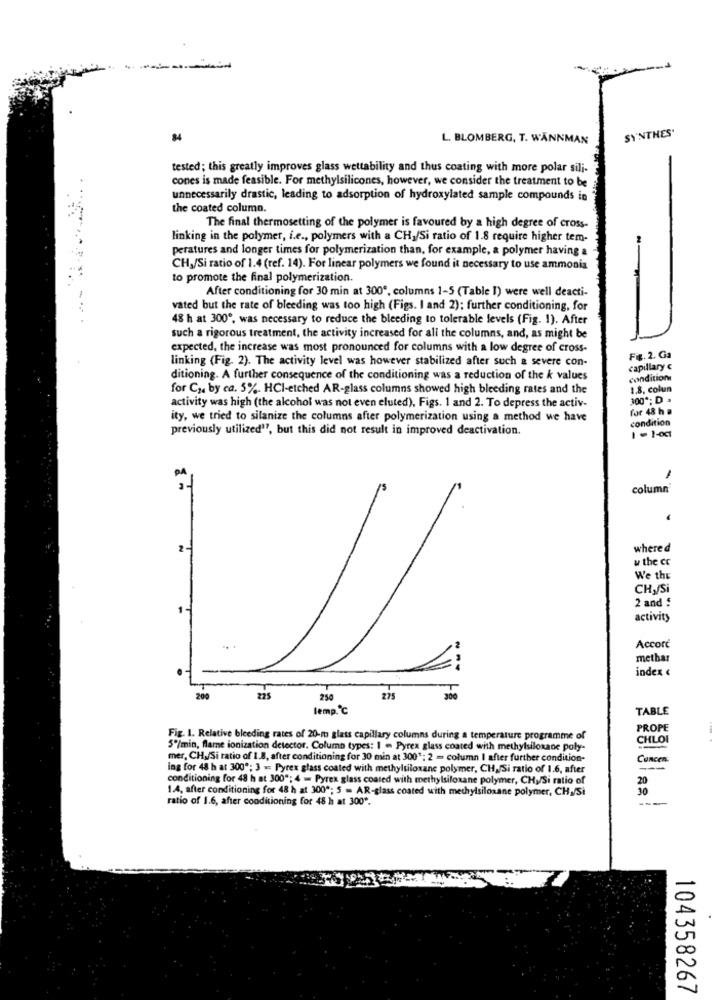
SYNTHES'
84
L. BLOMBERG, T. WANNMAN
tested; this greatly improves glass wettability and thus coating with more polar sili-
cones is made feasible. For methylsilicones, however, we consider the treatment to be
unnecessarily drastic, leading to adsorption of hydroxylated sample compounds in
the coated column.
The final thermosetting of the polymer is favoured by a high degree of cross-
linking in the polymer, i.e ., polymers with a CH,/Si ratio of 1.8 require higher tem-
peratures and longer times for polymerization than, for example, a polymer having a
CH,/Si ratio of 1.4 (ref. 14). For linear polymers we found it necessary to use ammonia
to promote the final polymerization.
After conditioning for 30 min at 300", columns 1-5 (Table 1) were well deacti-
vated but the rate of bleeding was too high (Figs. I and 2); further conditioning, for
48 h at 300", was necessary to reduce the bleeding to tolerable levels (Fig. 1). After
such a rigorous treatment, the activity increased for all the columns, and, as might be
expected, the increase was most pronounced for columns with a low degree of cross-
linking (Fig. 2). The activity level was however stabilized after such a severe con-
Fig. 2. Ga
capillary e
ditioning. A further consequence of the conditioning was a reduction of the k values
condition
for C2. by ca. 5%. HCI-etched AR-glass columns showed high bleeding rates and the
1.8, colun
activity was high (the alcohol was not even eluted), Figs. 1 and 2. To depress the activ-
300 *; D .
for 48 h
ity, we tried to silanize the columns after polymerization using a method we have
condition
previously utilized"", but this did not result in improved deactivation.
1 - 1-001
column
where d
w the co
We the
CHy/Si
2 and $
activity
Accorć
methar
index
200
225
250
275
300
lemp. ℃
TABLE
PROPE
Fig. 1. Relative bleeding rates of 20-m glass capillary columns during a temperature programme of
CHLOI
. .
5º/min, flame ionization detector. Column types: I - Pyrex glass coated with methylsiloxane poly-
mer, CH./Si ratio of 1.8, after conditioning for 30 min at 300"; 2 = column I after further condution-
Cuncen:
ing for 48 h at 300"; 3 = Pyrex glass coated with methylsiloxane polymer, CH,/Si ratio of 1.6, after
conditioning for 48 h at 3009; 4 - Pyrex glass coated with methylsiloxane polymer, CHy/Si ratio of
20
1.4, after conditioning for 48 h at 300ª; 5 - AR-glass coated with methylsiloxane polymer, CH,/Si
30
ratio of 1.6, after conditioning for 48 h at 300 *.
104358267